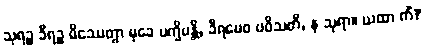
သုရဉ္စ ခီရဉ္စ မိဿေတွာ မုခေ ပက္ခိပန္တိ, ခီရမေဝ ပဝိသတိ, န သုရာ။ ယထာ ကိံ?